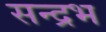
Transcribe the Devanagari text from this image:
सन्द्रभ